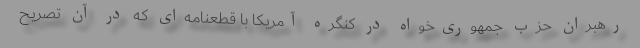
رهبران حزب جمهوری‌خواه در کنگره آمریکا با قطعنامه‌ای که در آن تصریح